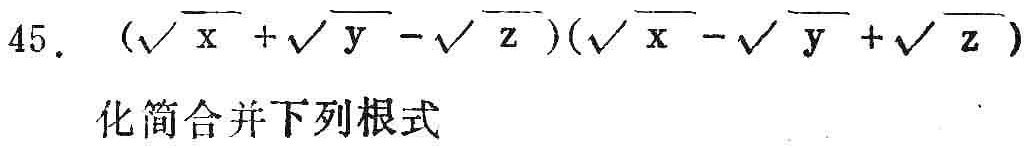
\(45. \ (\sqrt{x}+\sqrt{y}-\sqrt{z})(\sqrt{x}-\sqrt{y}+\sqrt{z})\)
化简合并下列根式